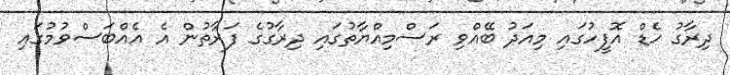
ދިރާގު ހެޑް އޮފީހުގައި މިއަދު ބޭއްވި ރަސްމިއްޔާތުގައި ދިރާގުގެ ފަރާތުން އެ އެއްބަސްވުމުގައި